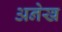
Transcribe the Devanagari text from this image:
अनेख